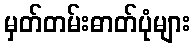
မှတ်တမ်းဓာတ်ပုံများ